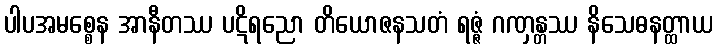
ပါပအမစ္စေန အာနီတဿ ပဋိရညော တိယောဇနသတံ ရဇ္ဇံ ဂဏှန္တဿ နိသေဓနတ္ထာယ